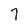
Character: 7